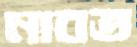
নাবত